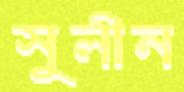
সুলীন